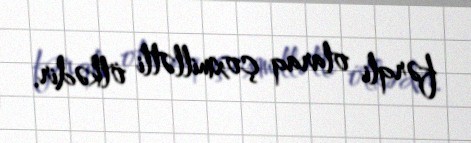
fərqli olaraq çoxmillətli ölkədir.